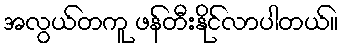
အလွယ်တကူ ဖန်တီးနိုင်လာပါတယ်။